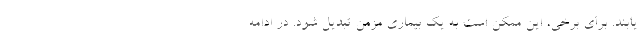
یابند. برای برخی، این ممکن است به یک بیماری مزمن تبدیل شود. در ادامه